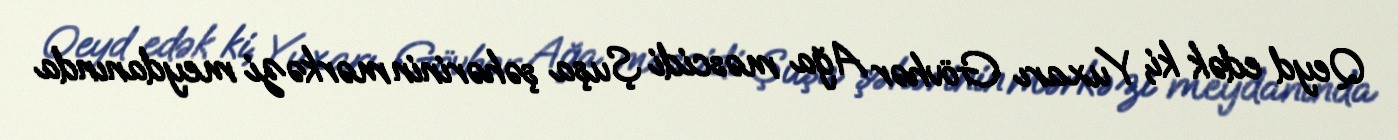
Qeyd edək ki, Yuxarı Gövhər Ağa məscidi Şuşa şəhərinin mərkəzi meydanında